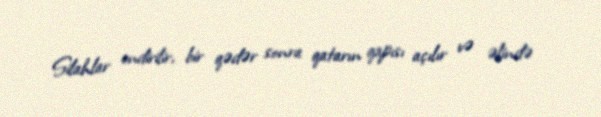
Silahlar endirilir, bir qədər sonra qatarın qapısı açılır və əlində